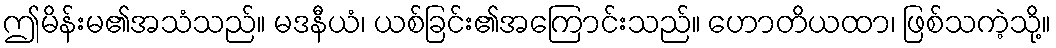
ဤမိန်းမ၏အသံသည်။ မဒနီယံ၊ ယစ်ခြင်း၏အကြောင်းသည်။ ဟောတိယထာ၊ ဖြစ်သကဲ့သို့။